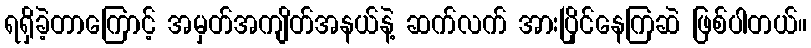
ရရှိခဲ့တာကြောင့် အမှတ်အကျိတ်အနယ်နဲ့ ဆက်လက် အားပြိုင်နေကြဆဲ ဖြစ်ပါတယ်။